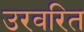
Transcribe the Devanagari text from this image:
उरवरित